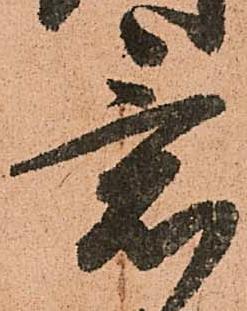
意